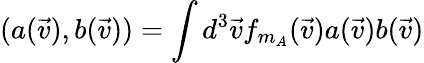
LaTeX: (a(\vec{v}),b(\vec{v}))=\int d^{3}\vec{v}f_{m_{A}}(\vec{v})a(\vec{v})b(\vec{v})